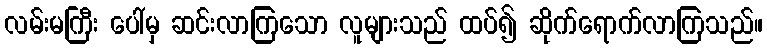
လမ်းမကြီး ပေါ်မှ ဆင်းလာကြသော လူများသည် ထပ်၍ ဆိုက်ရောက်လာကြသည်။